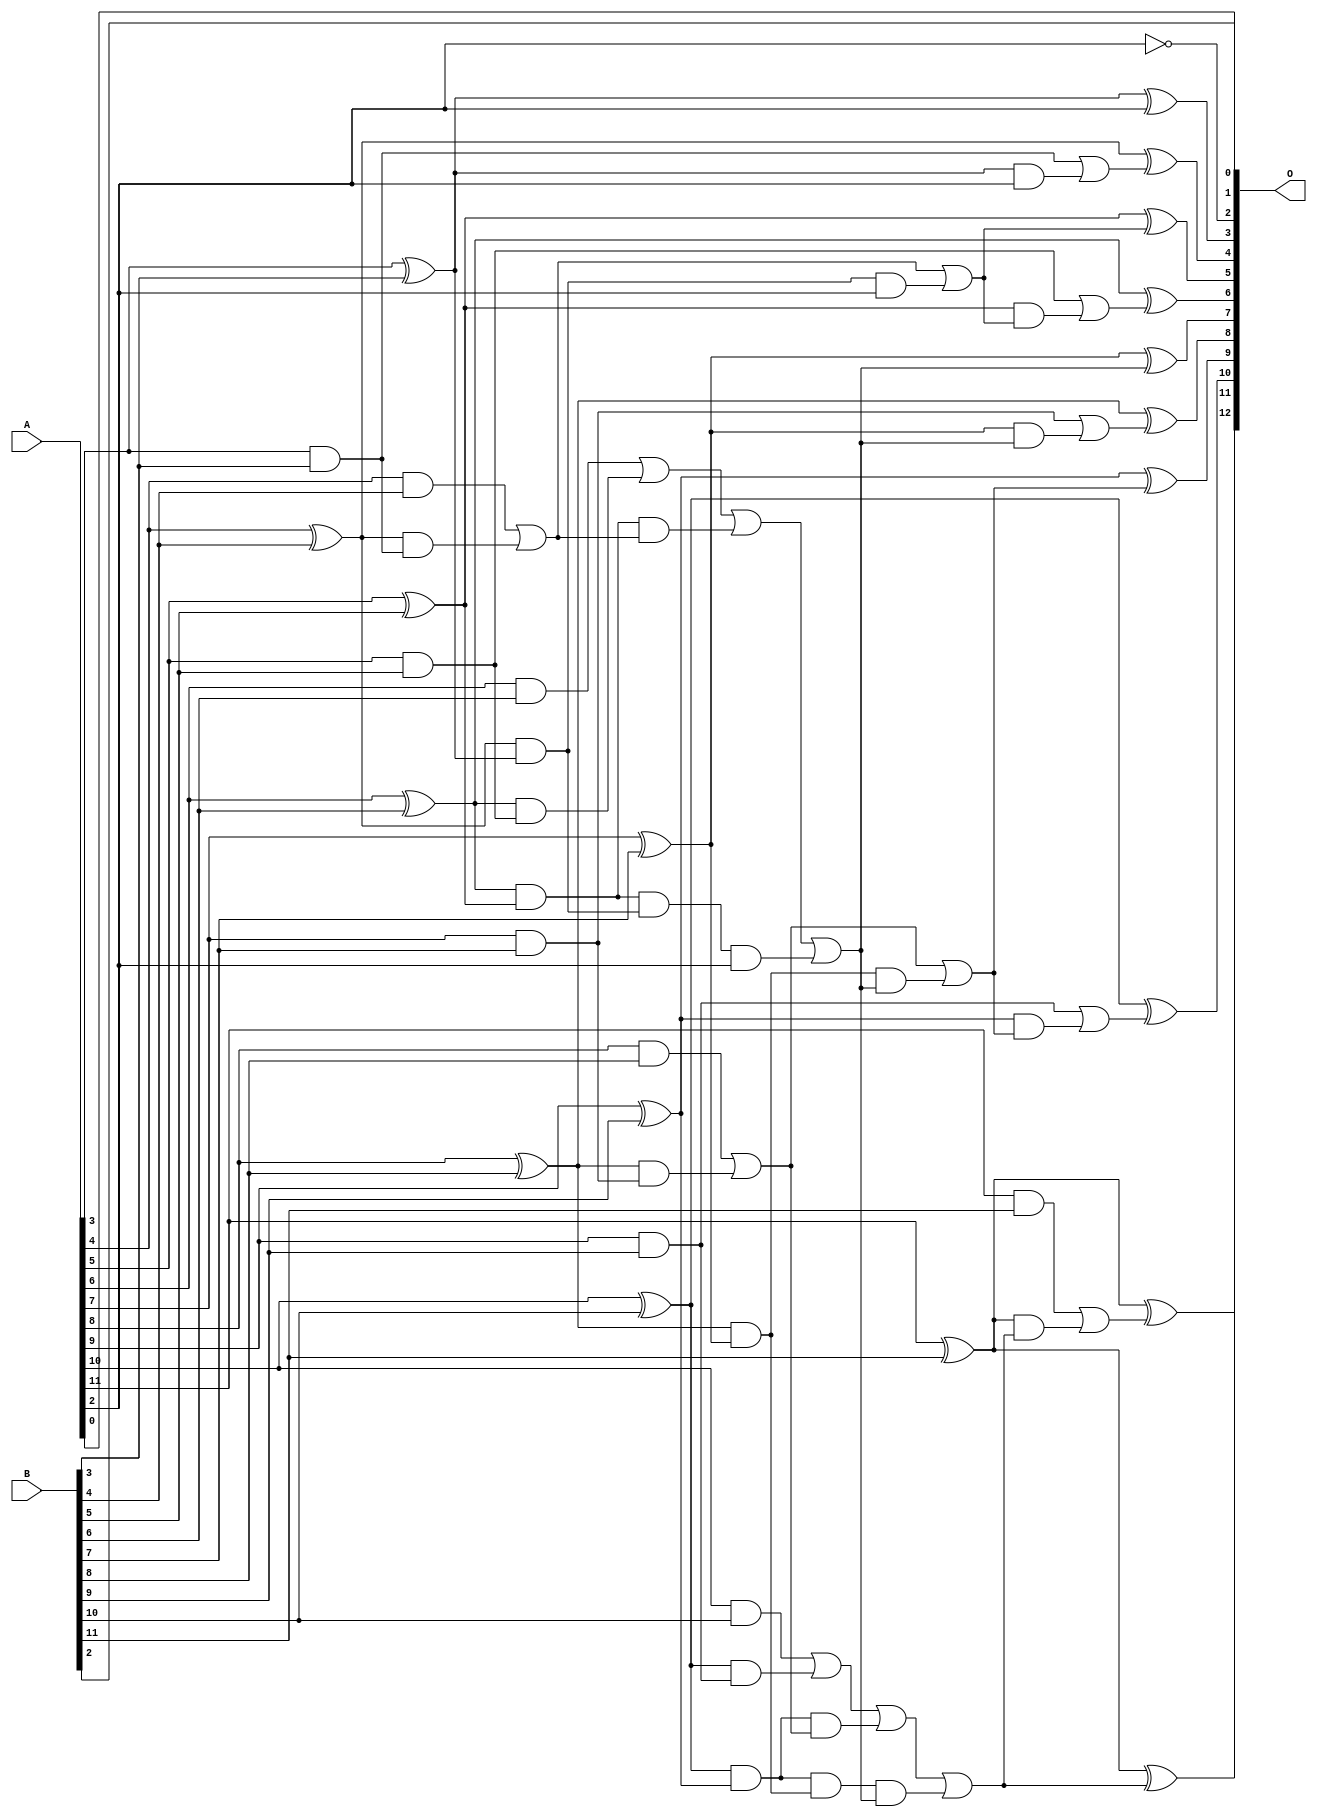
// This program was cloned from: https://github.com/ehw-fit/evoapproxlib
// License: MIT License

/***
* This code is a part of EvoApproxLib library (ehw.fit.vutbr.cz/approxlib) distributed under The MIT License.
* When used, please cite the following article(s): V. Mrazek, L. Sekanina, Z. Vasicek "Libraries of Approximate Circuits: Automated Design and Application in CNN Accelerators" IEEE Journal on Emerging and Selected Topics in Circuits and Systems, Vol 10, No 4, 2020 
* This file contains a circuit from a sub-set of pareto optimal circuits with respect to the pwr and mse parameters
***/
// MAE% = 0.037 %
// MAE = 1.5 
// WCE% = 0.098 %
// WCE = 4.0 
// WCRE% = 400.00 %
// EP% = 81.25 %
// MRE% = 0.58 %
// MSE = 3.5 
// PDK45_PWR = 0.043 mW
// PDK45_AREA = 85.9 um2
// PDK45_DELAY = 0.76 ns

module add12se_54N (
    A,
    B,
    O
);

input [11:0] A;
input [11:0] B;
output [12:0] O;

wire sig_30,sig_31,sig_32,sig_33,sig_34,sig_35,sig_36,sig_37,sig_38,sig_39,sig_40,sig_41,sig_42,sig_43,sig_44,sig_45,sig_46,sig_47,sig_48,sig_52;
wire sig_53,sig_54,sig_55,sig_56,sig_57,sig_58,sig_59,sig_60,sig_61,sig_62,sig_63,sig_66,sig_67,sig_68,sig_69,sig_70,sig_71,sig_72,sig_73,sig_74;
wire sig_75,sig_76,sig_77,sig_78,sig_79,sig_82,sig_83,sig_84,sig_85,sig_86,sig_87,sig_88,sig_89,sig_90,sig_91,sig_93,sig_94,sig_95,sig_96,sig_97;
wire sig_98,sig_99,sig_100,sig_101,sig_102,sig_103;

assign sig_30 = A[3] & B[3];
assign sig_31 = A[3] ^ B[3];
assign sig_32 = A[4] & B[4];
assign sig_33 = A[4] ^ B[4];
assign sig_34 = A[5] & B[5];
assign sig_35 = A[5] ^ B[5];
assign sig_36 = A[6] & B[6];
assign sig_37 = A[6] ^ B[6];
assign sig_38 = A[7] & B[7];
assign sig_39 = A[7] ^ B[7];
assign sig_40 = A[8] & B[8];
assign sig_41 = A[8] ^ B[8];
assign sig_42 = A[9] & B[9];
assign sig_43 = A[9] ^ B[9];
assign sig_44 = A[10] & B[10];
assign sig_45 = A[10] ^ B[10];
assign sig_46 = A[11] & B[11];
assign sig_47 = A[11] ^ B[11];
assign sig_48 = A[11] ^ B[11];
assign sig_52 = sig_33 & sig_30;
assign sig_53 = sig_33 & sig_31;
assign sig_54 = sig_32 | sig_52;
assign sig_55 = sig_37 & sig_34;
assign sig_56 = sig_37 & sig_35;
assign sig_57 = sig_36 | sig_55;
assign sig_58 = sig_41 & sig_38;
assign sig_59 = sig_41 & sig_39;
assign sig_60 = sig_40 | sig_58;
assign sig_61 = sig_45 & sig_42;
assign sig_62 = sig_45 & sig_43;
assign sig_63 = sig_44 | sig_61;
assign sig_66 = sig_56 & sig_54;
assign sig_67 = sig_56 & sig_53;
assign sig_68 = sig_57 | sig_66;
assign sig_69 = sig_62 & sig_60;
assign sig_70 = sig_62 & sig_59;
assign sig_71 = sig_63 | sig_69;
assign sig_72 = sig_67 & A[2];
assign sig_73 = sig_68 | sig_72;
assign sig_74 = sig_70 & sig_73;
assign sig_75 = sig_71 | sig_74;
assign sig_76 = sig_53 & A[2];
assign sig_77 = sig_54 | sig_76;
assign sig_78 = sig_59 & sig_73;
assign sig_79 = sig_60 | sig_78;
assign sig_82 = sig_31 & A[2];
assign sig_83 = sig_30 | sig_82;
assign sig_84 = sig_35 & sig_77;
assign sig_85 = sig_34 | sig_84;
assign sig_86 = sig_39 & sig_73;
assign sig_87 = sig_38 | sig_86;
assign sig_88 = sig_43 & sig_79;
assign sig_89 = sig_42 | sig_88;
assign sig_90 = sig_47 & sig_75;
assign sig_91 = sig_46 | sig_90;
assign sig_93 = ~A[2];
assign sig_94 = sig_31 ^ A[2];
assign sig_95 = sig_33 ^ sig_83;
assign sig_96 = sig_35 ^ sig_77;
assign sig_97 = sig_37 ^ sig_85;
assign sig_98 = sig_39 ^ sig_73;
assign sig_99 = sig_41 ^ sig_87;
assign sig_100 = sig_43 ^ sig_79;
assign sig_101 = sig_45 ^ sig_89;
assign sig_102 = sig_47 ^ sig_75;
assign sig_103 = sig_48 ^ sig_91;

assign O[12] = sig_103;
assign O[11] = sig_102;
assign O[10] = sig_101;
assign O[9] = sig_100;
assign O[8] = sig_99;
assign O[7] = sig_98;
assign O[6] = sig_97;
assign O[5] = sig_96;
assign O[4] = sig_95;
assign O[3] = sig_94;
assign O[2] = sig_93;
assign O[1] = B[2];
assign O[0] = A[0];

endmodule